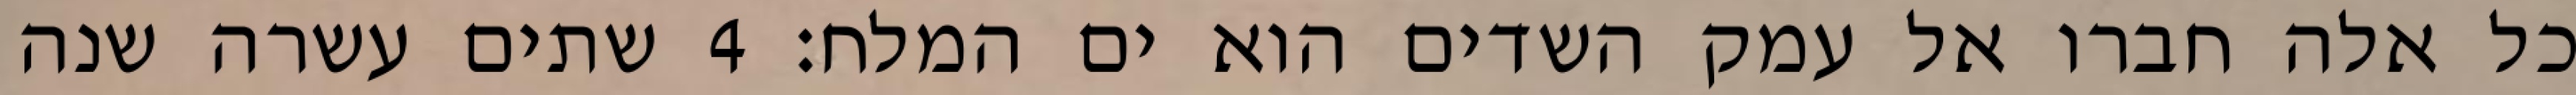
כל אלה חברו אל עמק השדים הוא ים המלח׃ ‎4‏ שתים עשרה שנה